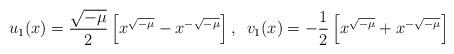
LaTeX: \begin{align*}u_{1}(x) =\dfrac{\sqrt{-\mu}}{2}\left[x^{\sqrt{-\mu}}-x^{-\sqrt{-\mu}}\right],\,\,\, v_{1}(x) = -\frac{1}{2}\left[x^{\sqrt{-\mu}}+x^{-\sqrt{-\mu}}\right]\end{align*}